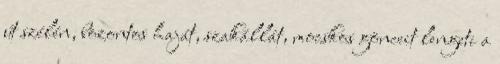
út szélén, bozontos haját, szakállát, mocskos gönceit lengeti a